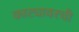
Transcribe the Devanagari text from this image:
काट्यावरची